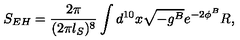
{ S _ { E H } = { \frac { 2 \pi } { ( 2 \pi l _ { S } ) ^ { 8 } } } \int d ^ { 1 0 } x \sqrt { - g ^ { B } } e ^ { - 2 \phi ^ { B } } R , }